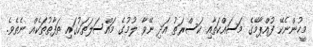
މީހުންނެކޭ ފުއްޕާމޭގެ މަސައްކަތާއި ކަސްރަތު އަދި ނޭވާ ލުމުގެ މައްސަލަތަކުގައި ތަފާތުތަކެއް ނެތެވެ.